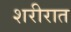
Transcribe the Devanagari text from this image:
शरीरात